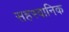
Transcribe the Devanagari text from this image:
सहस्वानिक